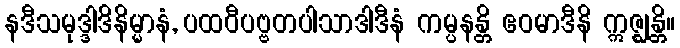
နဒီသမုဒ္ဒါဒိနိမ္မာနံ, ပထဝီပဗ္ဗတပါသာဒါဒီနံ ကမ္ပနန္တိ ဧဝမာဒီနိ ဣဇ္ဈန္တိ။